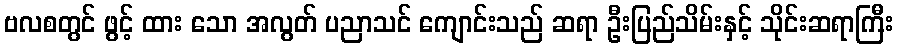
ဗလစတွင် ဖွင့် ထား သော အလွတ် ပညာသင် ကျောင်းသည် ဆရာ ဦးပြည်သိမ်းနှင့် သိုင်းဆရာကြီး